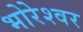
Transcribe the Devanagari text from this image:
भोरेश्वर